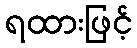
ရထားဖြင့်